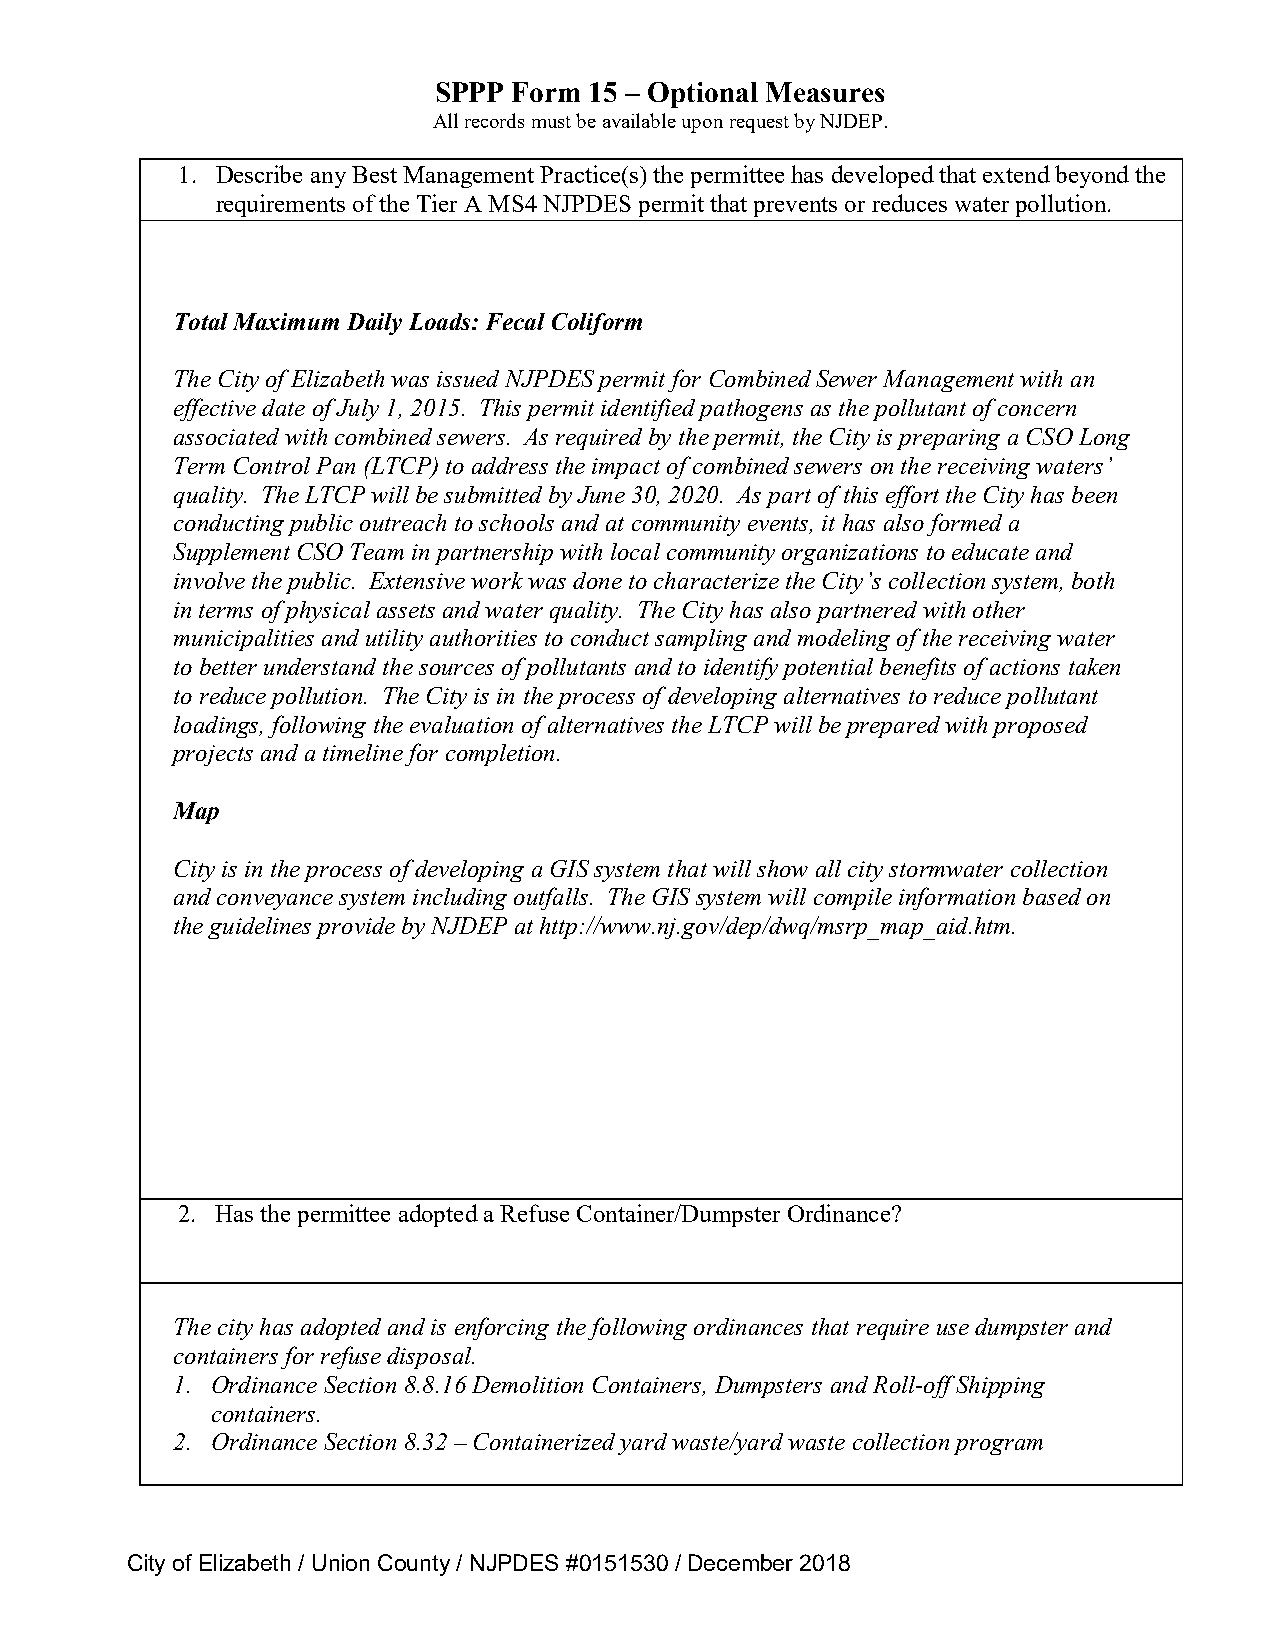
SPPP Form 15 – Optional Measures
 All records must be available upon request by NJDEP.
 1. Describe any Best Management Practice(s) the permittee has developed that extend beyond the
 requirements of the Tier A MS4 NJPDES permit that prevents or reduces water pollution.
 Total Maximum Daily Loads: Fecal Coliform
 The City of Elizabeth was issued NJPDES permit for Combined Sewer Management with an
 effective date of July 1, 2015. This permit identified pathogens as the pollutant of concern
 associated with combined sewers. As required by the permit, the City is preparing a CSO Long
 Term Control Pan (LTCP) to address the impact of combined sewers on the receiving waters’
 quality. The LTCP will be submitted by June 30, 2020. As part of this effort the City has been
 conducting public outreach to schools and at community events, it has also formed a
 Supplement CSO Team in partnership with local community organizations to educate and
 involve the public. Extensive work was done to characterize the City’s collection system, both
 in terms of physical assets and water quality. The City has also partnered with other
 municipalities and utility authorities to conduct sampling and modeling of the receiving water
 to better understand the sources of pollutants and to identify potential benefits of actions taken
 to reduce pollution. The City is in the process of developing alternatives to reduce pollutant
 loadings, following the evaluation of alternatives the LTCP will be prepared with proposed
 projects and a timeline for completion.
 Map
 City is in the process of developing a GIS system that will show all city stormwater collection
 and conveyance system including outfalls. The GIS system will compile information based on
 the guidelines provide by NJDEP at http://www.nj.gov/dep/dwq/msrp_map_aid.htm.
 2. Has the permittee adopted a Refuse Container/Dumpster Ordinance?
 The city has adopted and is enforcing the following ordinances that require use dumpster and
 containers for refuse disposal.
 1. Ordinance Section 8.8.16 Demolition Containers, Dumpsters and Roll-off Shipping
 containers.
 2. Ordinance Section 8.32 – Containerized yard waste/yard waste collection program
 City of Elizabeth / Union County / NJPDES #0151530 / December 2018